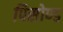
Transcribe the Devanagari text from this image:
पिसोण्ड